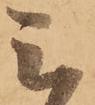
ミ